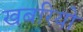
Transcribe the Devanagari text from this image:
खबरियो